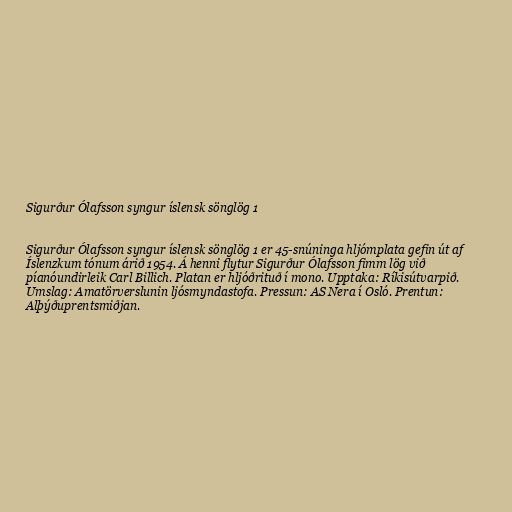
Sigurður Ólafsson syngur íslensk sönglög 1

Sigurður Ólafsson syngur íslensk sönglög 1 er 45-snúninga hljómplata gefin út af
Íslenzkum tónum árið 1954. Á henni flytur Sigurður Ólafsson fimm lög við
píanóundirleik Carl Billich. Platan er hljóðrituð í mono. Upptaka: Ríkisútvarpið.
Umslag: Amatörverslunin ljósmyndastofa. Pressun: AS Nera í Osló. Prentun:
Alþýðuprentsmiðjan.